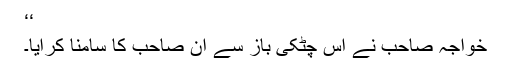
‘‘
خواجہ صاحب نے اس چٹکی باز سے ان صاحب کا سامنا کرایا۔